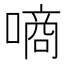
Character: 𠼬